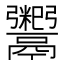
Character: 𬴺